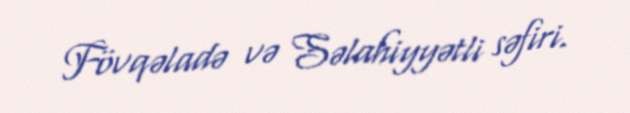
Fövqəladə və Səlahiyyətli səfiri.